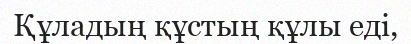
Құладың құстың құлы еді,